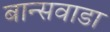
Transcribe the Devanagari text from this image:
बान्सवाडा